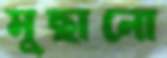
মুছানো